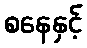
စနေနှင့်